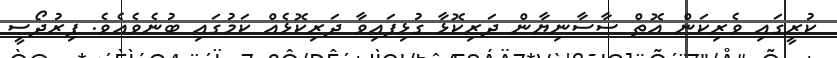
ކުރީގައި ވެރިކަން އޮތް ސާސާނިޔާން ދަރިކޮޅާ ގުޅިފައިވާ ދަރިކޮޅެއް ކަމުގައި ބުނެވެއެވެ. ފިރުދޯސީ